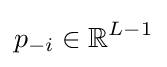
p_{-i}\in \mathbb {R} ^{L-1}